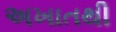
અખાતથી